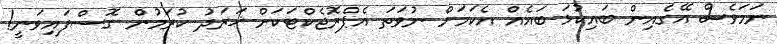
ނަމަވެސް އޭގެއިން ބައިކުޅަ ބައެއް އެކަމަށް ނުވަތަ އެޕްރޮޖެކްޓަކަށް ޚަރަދު ކުރަމުން ގޮސްފައިވަނީ!